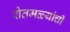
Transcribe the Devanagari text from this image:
शेतमळ्यांची